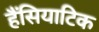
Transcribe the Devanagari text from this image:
हैंसियाटिक